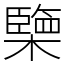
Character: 㯺